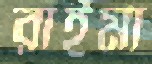
রাইমা